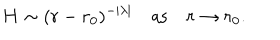
LaTeX: H \sim ( r - r _ { 0 } ) ^ { - | \lambda | } \quad \mathrm { a s } \quad r \to r _ { 0 } .